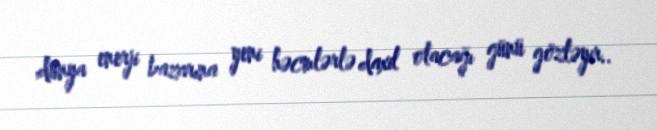
dünya enerji bazarına yeni həcmlərlə daxil olacağı günü gözləyir..